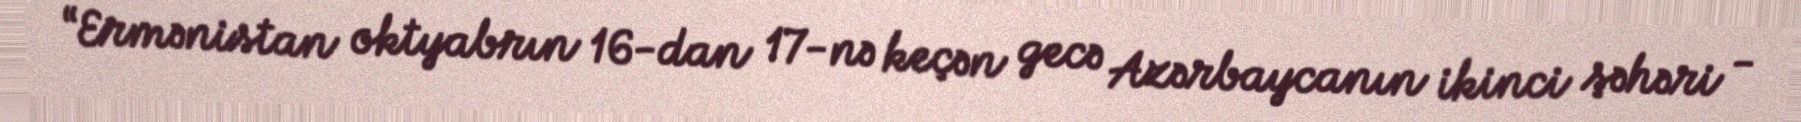
“Ermənistan oktyabrın 16-dan 17-nə keçən gecə Azərbaycanın ikinci şəhəri -